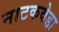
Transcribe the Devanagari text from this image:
नाटकवेडा